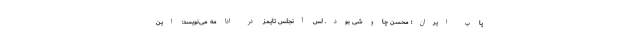
پاپ ایران؛ محسن چاوشی بود. لس آنجلس تایمز در ادامه می‌نویسد: این